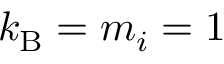
k _ { \mathrm { B } } = m _ { i } = 1